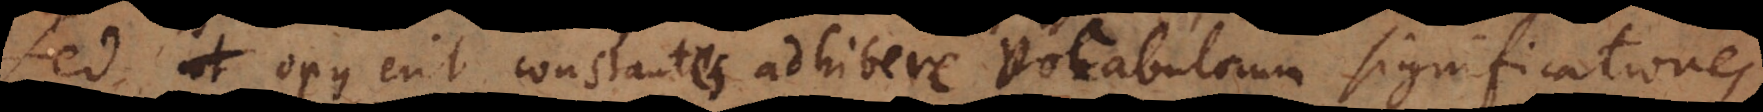
Sed opus erit constantes adhibere vocabulorum significationes